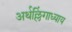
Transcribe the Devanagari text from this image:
अर्थल्लिंगाध्याय